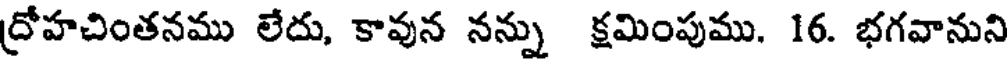
ద్రోహచింతనము లేదు, కావున నన్ను క్షమింపుము. 16. భగవానుని